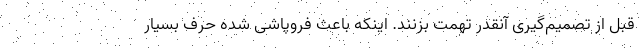
قبل از تصمیم‌گیری آنقدر تهمت بزنند. اینکه باعث فروپاشی شده حرف بسیار